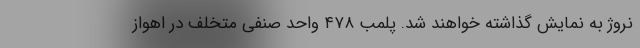
نروژ به نمایش گذاشته خواهند شد. پلمب ۴۷۸ واحد صنفی متخلف در اهواز